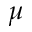
\mu